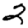
Digit: 2